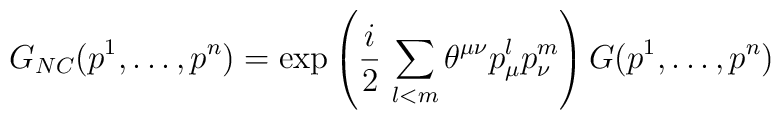
G_{NC}(p^1,\dots,p^n)=\exp\left(\frac{i}{2}\,\sum_{l<m}\theta^{\mu\nu}  p_\mu^l p_\nu^m\right) G(p^1,\dots,p^n)